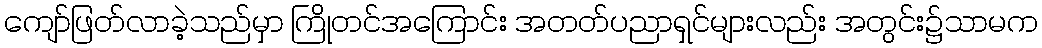
ကျော်ဖြတ်လာခဲ့သည်မှာ ကြိုတင်အကြောင်း အတတ်ပညာရှင်များလည်း အတွင်း၌သာမက